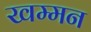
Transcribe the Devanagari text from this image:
खम्मन